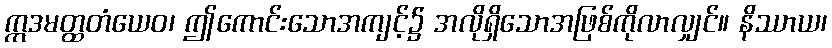
ဣဒမတ္ထတံယေဝ၊ ဤကောင်းသောအကျင့်၌ အလိုရှိသောအဖြစ်ကိုလာလျှင်။ နိဿာယ၊